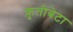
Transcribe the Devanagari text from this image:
कुंतीबेटा